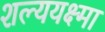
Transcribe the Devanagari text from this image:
शल्ययक्ष्मा